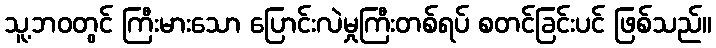
သူ့ဘဝတွင် ကြီးမားသော ပြောင်းလဲမှုကြီးတစ်ရပ် စတင်ခြင်းပင် ဖြစ်သည်။